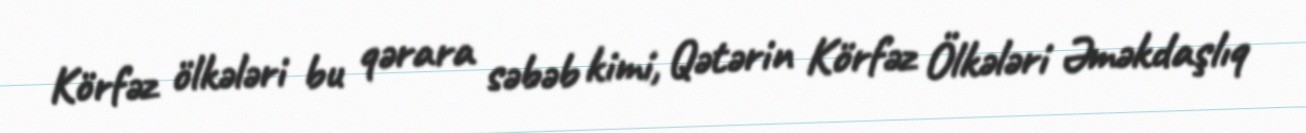
Körfəz ölkələri bu qərara səbəb kimi, Qətərin Körfəz Ölkələri Əməkdaşlıq